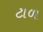
ટાળ